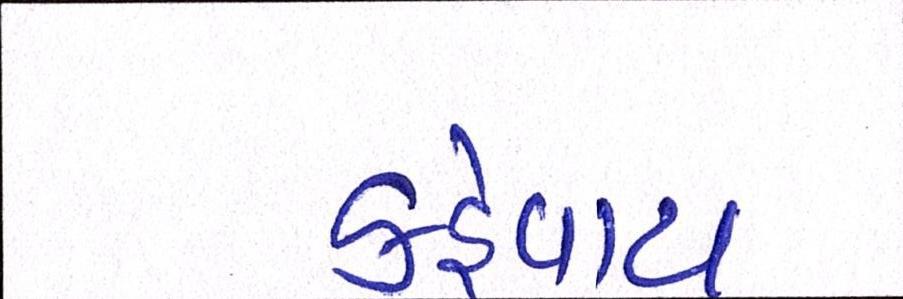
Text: કહેવાય